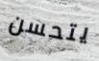
يتحسن